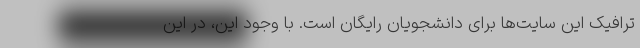
ترافیک این سایت‌ها برای دانشجویان رایگان است. با وجود این، در این